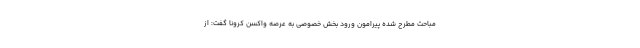
مباحث مطرح شده پیرامون ورود بخش خصوصی به عرصه واکسن کرونا گفت: از